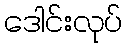
ဒေါင်းလုပ်